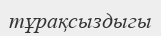
тұрақсыздыгы